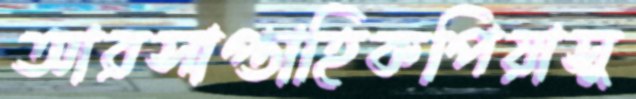
আরসাপ্তাহিকপিয়াসু